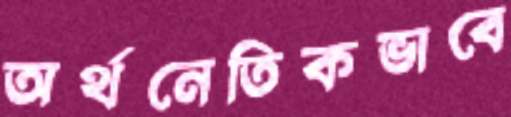
অর্থনেতিকভাবে